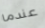
عندما